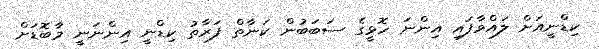
ކިޑްނީއަށް ލައްވާފައި އިންނަ ހޮޅީގެ ސަބަބުން ކަނާތް ފަރާތު ކިޑްނީ އިންނަނީ މާބޮޑަށް